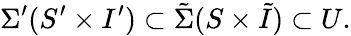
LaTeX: \Sigma^{\prime}(S^{\prime}\times I^{\prime})\subset\tilde{\Sigma}(S\times\tilde{I})\subset U.